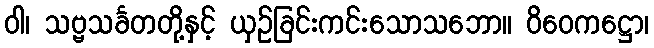
ဝါ၊ သဗ္ဗသင်္ခတတို့နှင့် ယှဉ်ခြင်းကင်းသောသဘော။ ဝိဝေကဋ္ဌော၊